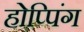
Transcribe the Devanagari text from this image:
होप्पिंग